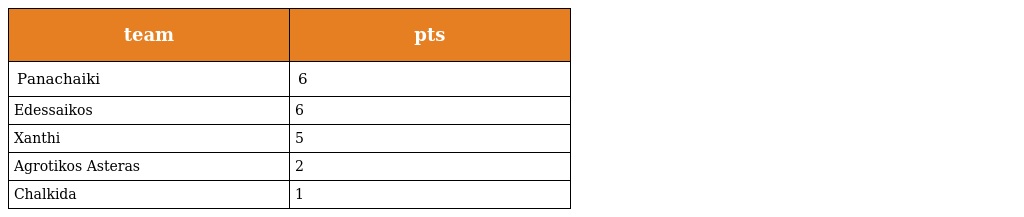
| team | pts |
 | --- | --- |
 | Panachaiki | 6 |
 | Edessaikos | 6 |
 | Xanthi | 5 |
 | Agrotikos Asteras | 2 |
 | Chalkida | 1 |